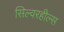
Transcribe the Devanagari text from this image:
सिल्वरहील्स